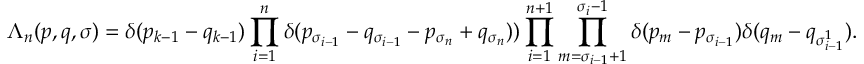
\Lambda _ { n } ( \boldsymbol { p } , \boldsymbol { q } , \sigma ) = \delta ( p _ { k - 1 } - q _ { k - 1 } ) \prod _ { i = 1 } ^ { n } \delta ( p _ { \sigma _ { i - 1 } } - q _ { \sigma _ { i - 1 } } - p _ { \sigma _ { n } } + q _ { \sigma _ { n } } ) ) \prod _ { i = 1 } ^ { n + 1 } \prod _ { m = \sigma _ { i - 1 } + 1 } ^ { \sigma _ { i } - 1 } \delta ( p _ { m } - p _ { \sigma _ { i - 1 } } ) \delta ( q _ { m } - q _ { \sigma _ { i - 1 } ^ { 1 } } ) .